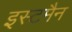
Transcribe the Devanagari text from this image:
इस्टमैन